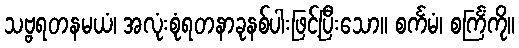
သဗ္ဗရတနမယံ၊ အလုံးစုံရတနာခုနစ်ပါးဖြင့်ပြီးသော။ စင်္ကမံ၊ စင်္ကြံကို။